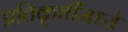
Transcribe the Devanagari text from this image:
प्रतिकृतींमध्ये